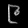
Digit: ၉